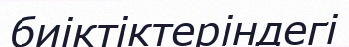
биіктіктеріндегі